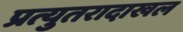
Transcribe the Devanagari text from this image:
प्रत्युतरादाखल